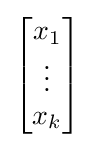
{\begin{bmatrix}x_{1}\\\vdots \\x_{k}\end{bmatrix}}